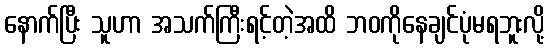
နောက်ပြီး သူဟာ အသက်ကြီးရင့်တဲ့အထိ ဘဝကိုနေချင်ပုံမရဘူးလို့